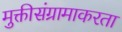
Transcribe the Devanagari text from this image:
मुक्तीसंग्रामाकरता